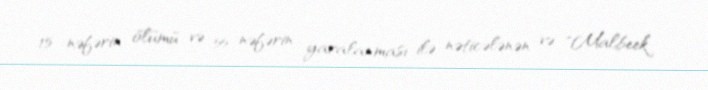
15 nəfərin ölümü və 55 nəfərin yaralanması ilə nəticələnən və "Malbeek